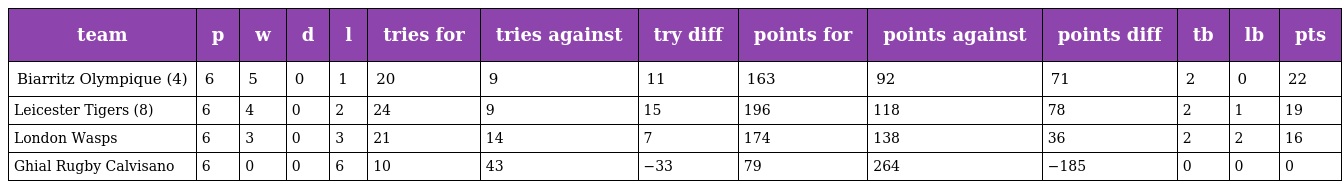
| team | p | w | d | l | tries for | tries against | try diff | points for | points against | points diff | tb | lb | pts |
 | --- | --- | --- | --- | --- | --- | --- | --- | --- | --- | --- | --- | --- | --- |
 | Biarritz Olympique (4) | 6 | 5 | 0 | 1 | 20 | 9 | 11 | 163 | 92 | 71 | 2 | 0 | 22 |
 | Leicester Tigers (8) | 6 | 4 | 0 | 2 | 24 | 9 | 15 | 196 | 118 | 78 | 2 | 1 | 19 |
 | London Wasps | 6 | 3 | 0 | 3 | 21 | 14 | 7 | 174 | 138 | 36 | 2 | 2 | 16 |
 | Ghial Rugby Calvisano | 6 | 0 | 0 | 6 | 10 | 43 | −33 | 79 | 264 | −185 | 0 | 0 | 0 |